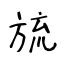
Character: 旈